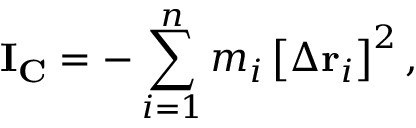
\mathbf { I } _ { \mathbf { C } } = - \sum _ { i = 1 } ^ { n } m _ { i } \left[ \Delta \mathbf { r } _ { i } \right] ^ { 2 } ,